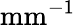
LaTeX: \mathrm{mm}^{-1}